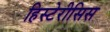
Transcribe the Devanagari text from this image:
हिस्टेरीसिस